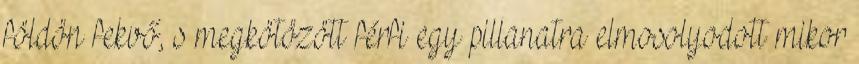
földön fekvő, s megkötözött férfi egy pillanatra elmosolyodott mikor